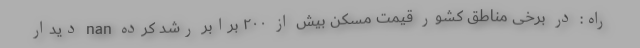
راه: در برخی مناطق کشور قیمت مسکن بیش از ۲۰۰ برابر رشد کرده nan دیدار